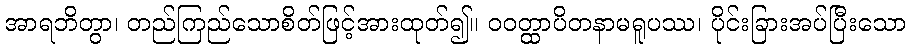
အာရဘိတွာ၊ တည်ကြည်သောစိတ်ဖြင့်အားထုတ်၍။ ဝဝတ္ထာပိတနာမရူပဿ၊ ပိုင်းခြားအပ်ပြီးသော